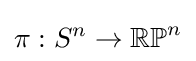
\pi :S^{n}\to \mathbb {RP} ^{n}